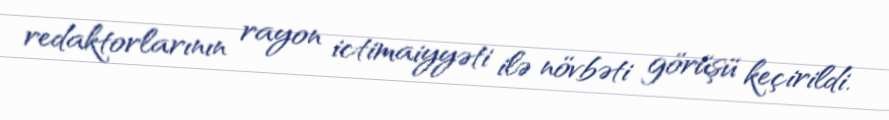
redaktorlarının rayon ictimaiyyəti ilə növbəti görüşü keçirildi.